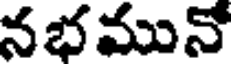
నభమునో